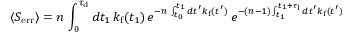
\langle S _ { \mathrm { e r r } } \rangle = n \, \int _ { 0 } ^ { \tau _ { \mathrm { d } } } d t _ { 1 } \, k _ { \mathrm { f } } ( t _ { 1 } ) \, e ^ { - n \, \int _ { t _ { 0 } } ^ { t _ { 1 } } d t ^ { \prime } k _ { \mathrm { f } } ( t ^ { \prime } ) } \, e ^ { - ( n - 1 ) \int _ { t _ { 1 } } ^ { t _ { 1 } + \tau _ { \mathrm { l } } } d t ^ { \prime } k _ { \mathrm { f } } ( t ^ { \prime } ) }